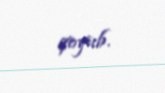
qoyub.